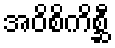
အဝိစိကိစ္ဆီ